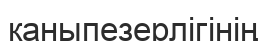
қаныпезерлігінің